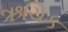
ઋચિક